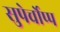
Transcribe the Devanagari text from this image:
सुपेर्चोप्प